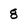
Character: 8